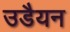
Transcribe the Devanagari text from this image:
उडैयन